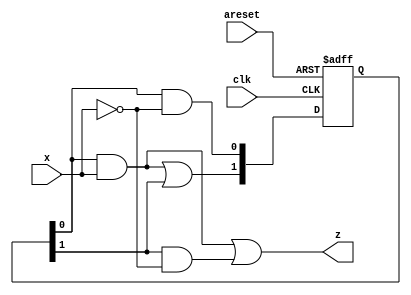
module top_module (
    input clk,
    input areset,
    input x,
    output z
); 
    
    parameter A = 0;
    parameter B = 1;
    reg[1:0] state, next_state;
    
    assign next_state[A] = state[A]&~x;
    assign next_state[B] = state[A]&x | state[B];
    
    always @(posedge clk or posedge areset) begin
        if (areset)
            state <= 2'b01;
        else
            state <= next_state;
    end
    
    assign z = state[A]&x | state[B]&~x;

endmodule